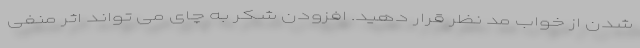
شدن از خواب مد نظر قرار دهید. افزودن شکر به چای می تواند اثر منفی